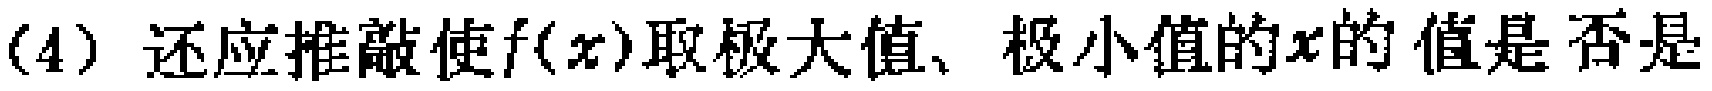
(4) 还应推敲使\(f(x)\)取极大值、极小值的\(x\)的值是否是